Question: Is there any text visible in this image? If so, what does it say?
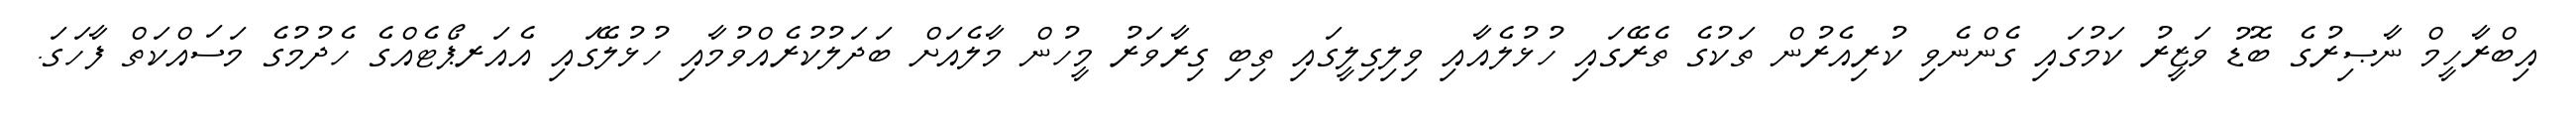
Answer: އިބްރާހީމް ނާޞިރުގެ ބޮޑު ވަޒީރު ކަމުގައި ގެންނެވި ކުރިއެރުން ތަކުގެ ތެރޭގައި ހުޅުލެއާއި ވިލިގިލީގައި ތިބި ގިރާވަރު މީހުން މާލެއަށް ބަދަލުކުރެއްވުމާއި ހުޅުލޭގައި އެއަރޕޯޓެއްގެ ހެދުމުގެ މަސައްކަތް ފާހަގަ.